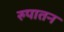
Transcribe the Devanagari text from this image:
रुपातन